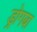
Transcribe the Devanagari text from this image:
ड्रोगबा